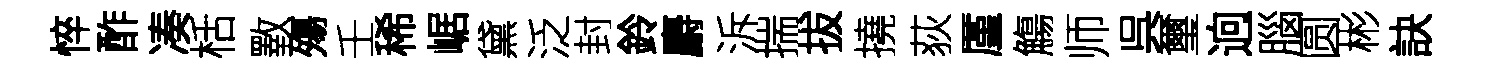
悴酢凑栝斁殤壬稀崌黛泛封鈴麝泝揣拔撓荻厪觴师呉璽逈腦圆彬訣